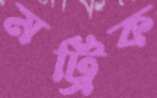
মট্রিক